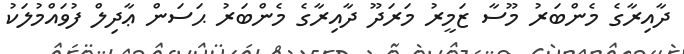
ދާއިރާގެ މެންބަރު މޫސާ ޒަމީރު މަރަދޫ ދާއިރާގެ މެންބަރު ޙަސަން ޢާދިލް ފުވައްމުލަކު